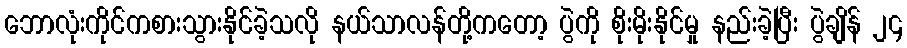
ဘောလုံးကိုင်ကစားသွားနိုင်ခဲ့သလို နယ်သာလန်တို့ကတော့ ပွဲကို စိုးမိုးနိုင်မှု နည်းခဲ့ပြီး ပွဲချိန် ၂၄